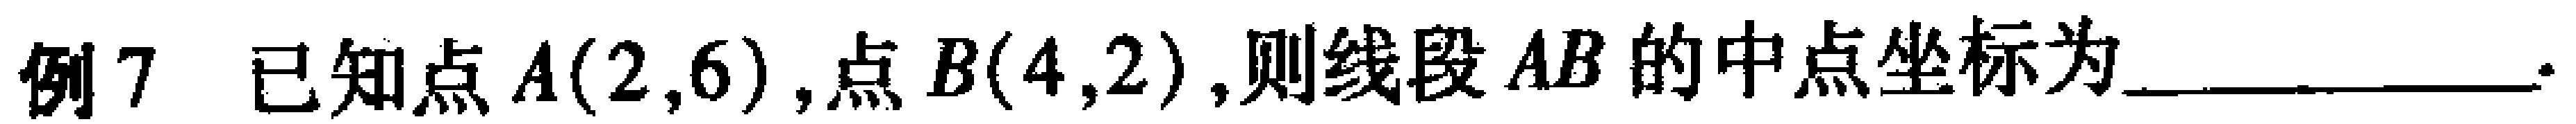
例7 已知点\(A(2,6)\)，点\(B(4,2)\)，则线段\(AB\)的中点坐标为__________.